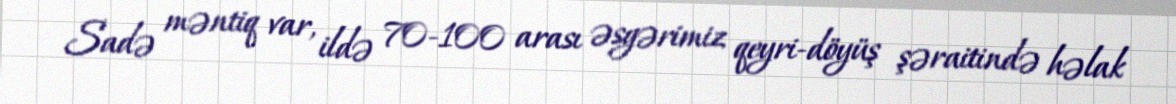
Sadə məntiq var, ildə 70-100 arası əsgərimiz qeyri-döyüş şəraitində həlak